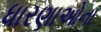
ધારણાઓના